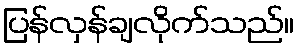
ပြန်လှန်ချလိုက်သည်။